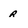
Character: r